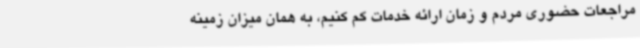
مراجعات حضوری مردم و زمان ارائه خدمات کم کنیم، به همان میزان زمینه